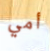
أمي